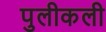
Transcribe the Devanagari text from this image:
पुलीकली